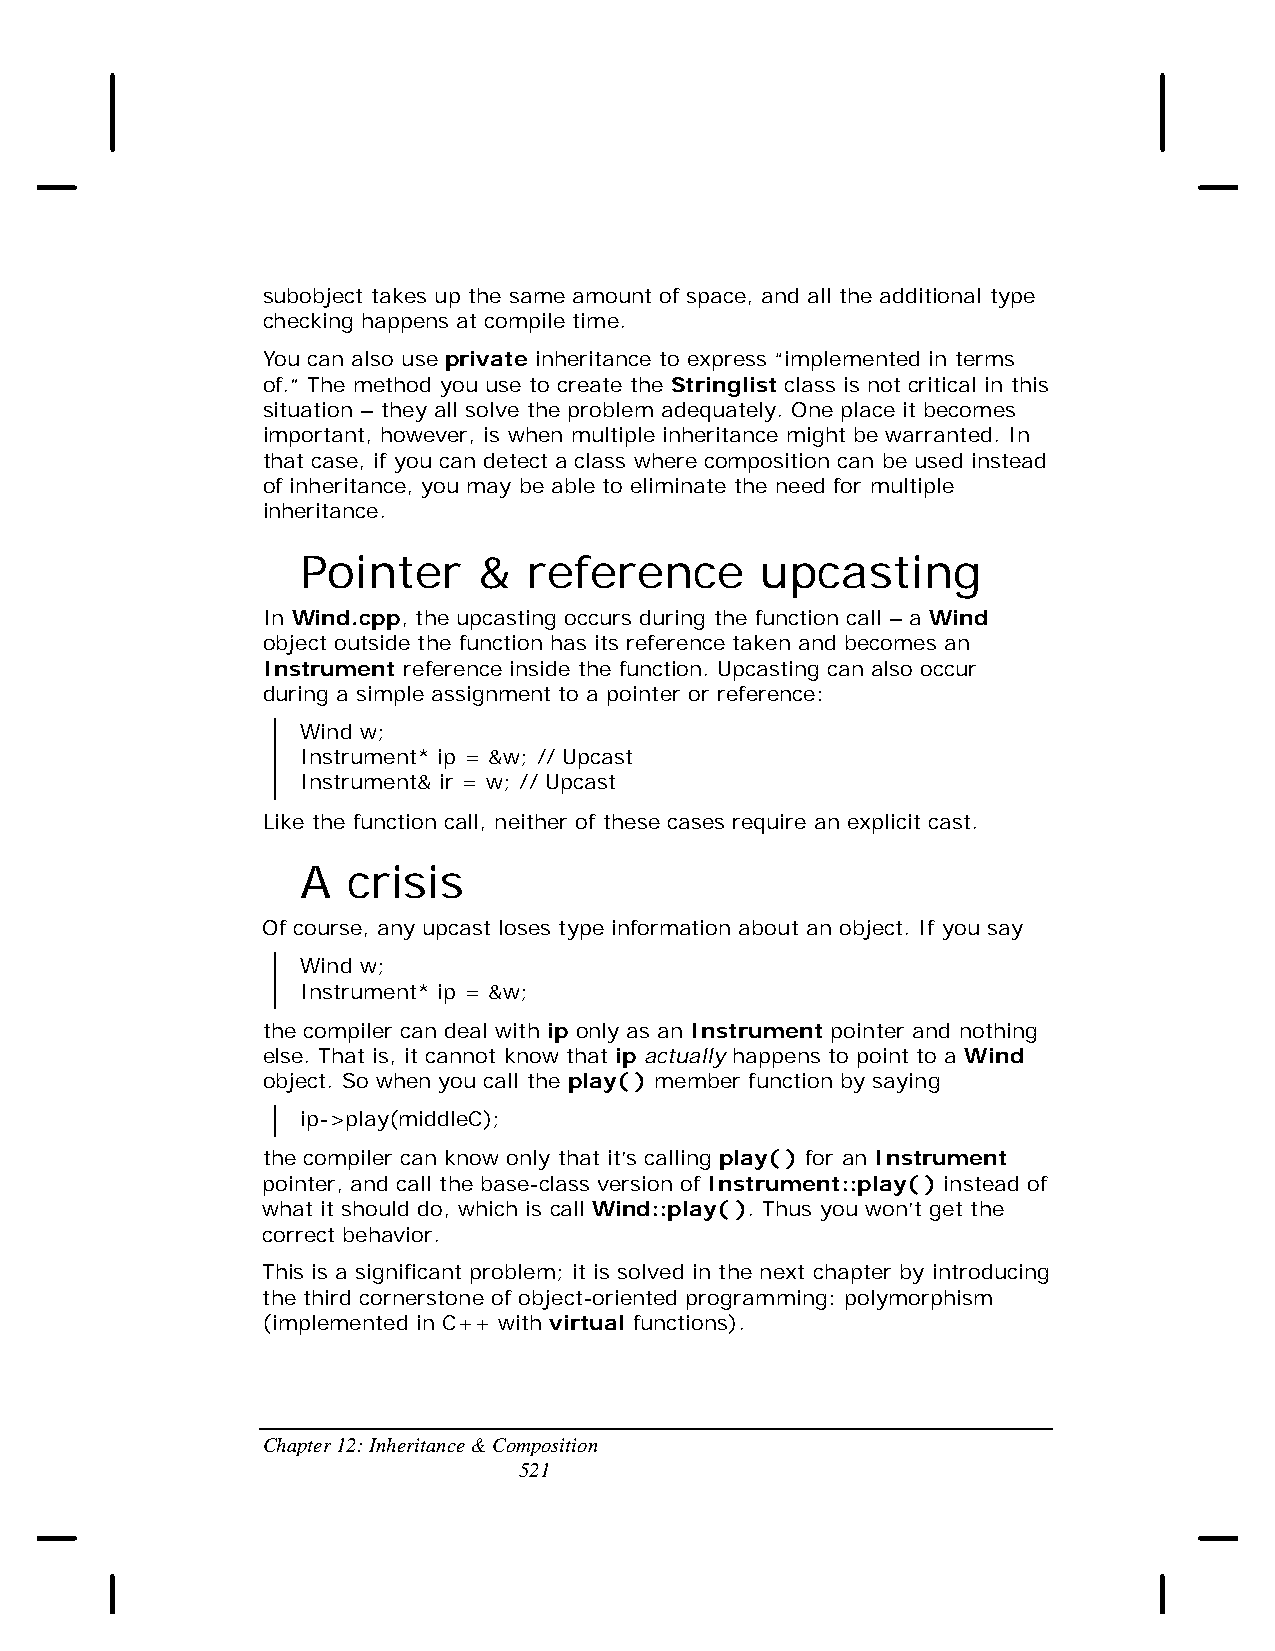
subobject takes up the same amount of space, and all the additional type
 checking happens at compile time.
 You can also use private inheritance to express “implemented in terms
 of.” The method you use to create the Stringlist class is not critical in this
 situation – they all solve the problem adequately. One place it becomes
 important, however, is when multiple inheritance might be warranted. In
 that case, if you can detect a class where composition can be used instead
 of inheritance, you may be able to eliminate the need for multiple
 inheritance.
 Pointer     &  reference      upcasting
 In Wind.cpp, the upcasting occurs during the function call – a Wind
 object outside the function has its reference taken and becomes an
 Instrument reference inside the function. Upcasting can also occur
 during a simple assignment to a pointer or reference:
 Wind w;
 Instrument* ip = &w; // Upcast
 Instrument& ir = w; // Upcast
 Like the function call, neither of these cases require an explicit cast.
 A  crisis
 Of course, any upcast loses type information about an object. If you say
 Wind w;
 Instrument* ip = &w;
 the compiler can deal with ip only as an Instrument pointer and nothing
 else. That is, it cannot know that ip actually happens to point to a Wind
 object. So when you call the play( ) member function by saying
 ip->play(middleC);
 the compiler can know only that it’s calling play( ) for an Instrument
 pointer, and call the base-class version of Instrument::play( ) instead of
 what it should do, which is call Wind::play( ). Thus you won’t get the
 correct behavior.
 This is a significant problem; it is solved in the next chapter by introducing
 the third cornerstone of object-oriented programming: polymorphism
 (implemented in C++ with virtual functions).
 Chapter 12: Inheritance & Composition
 521